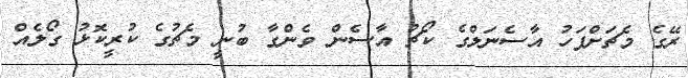
ރޭގެ މެޗަށްފަހު އާސެނަލްގެ ކޯޗު އާސެން ވެންގާ ބުނީ މެޗުގެ ކުރީކޮޅު ގޯލެއް